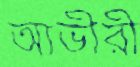
আভীরী